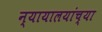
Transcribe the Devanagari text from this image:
न्यायालयांच्या